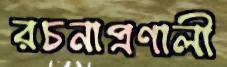
রচনাপ্রণালী